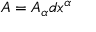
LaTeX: A = A _ { \alpha } d x ^ { \alpha }